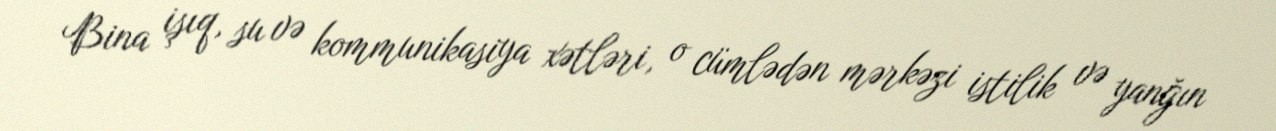
Bina işıq, su və kommunikasiya xətləri, o cümlədən mərkəzi istilik və yanğın